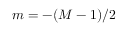
m = - ( M - 1 ) / 2